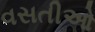
વસતીઓ